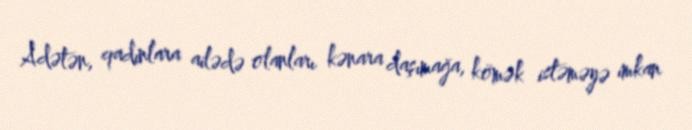
Adətən, qadınlara ailədə olanları kənara daşımağa, kömək istəməyə imkan